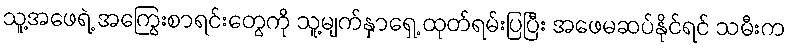
သူ့အဖေရဲ့ အကြွေးစာရင်းတွေကို သူ့မျက်နှာရှေ့ ထုတ်ရမ်းပြပြီး အဖေမဆပ်နိုင်ရင် သမီးက